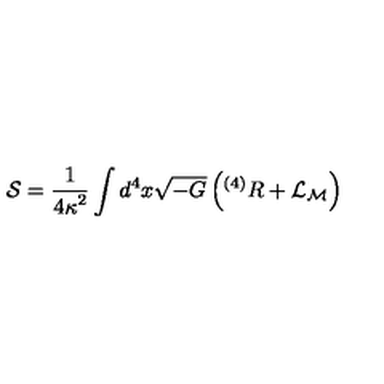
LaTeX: { \cal S } = \frac { 1 } { { 4 \kappa } ^ { 2 } } \int d ^ { 4 } x \sqrt { - G } \left( { } ^ { ( 4 ) } R + { \cal L } _ { \cal M } \right)